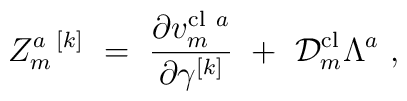
Z_m^{a \ [k]} \ = \ {\partial v_{m}^{{\rm cl} \ a}\over \partial \gamma^{[k]}} \ + \ {\cal D}_m^{\rm cl} \Lambda^a\ ,